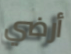
أرضي